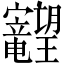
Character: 𱢽